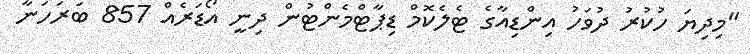
"މިދިޔަ ހުކުރު ދުވަހު އިންޑިއާގެ ޓެލެކޮމް ޑިޕާޓްމެންޓުން ދިނީ އޯޑަރެއް 857 ބަރަހަނާ